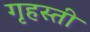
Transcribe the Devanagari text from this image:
गृहस्ती